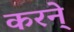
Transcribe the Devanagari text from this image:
करने्